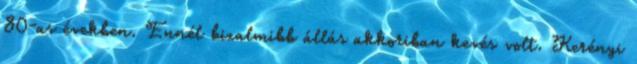
80-as években. Ennél bizalmibb állás akkoriban kevés volt. Kerényi